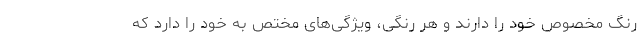
رنگ مخصوص خود را دارند و هر رنگی، ویژگی‌های مختص به خود را دارد که